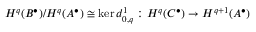
H ^ { q } ( B ^ { \bullet } ) / H ^ { q } ( A ^ { \bullet } ) \cong \ker d _ { 0 , q } ^ { 1 } : H ^ { q } ( C ^ { \bullet } ) \rightarrow H ^ { q + 1 } ( A ^ { \bullet } )